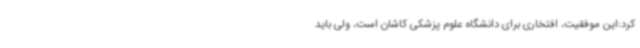
کرد:این موفقیت، افتخاری برای دانشگاه علوم پزشکی کاشان است، ولی باید